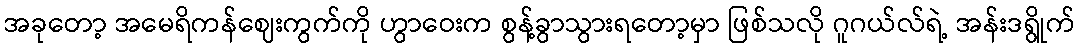
အခုတော့ အမေရိကန်ဈေးကွက်ကို ဟွာဝေးက စွန့်ခွာသွားရတော့မှာ ဖြစ်သလို ဂူဂယ်လ်ရဲ့ အန်းဒရွိုက်